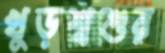
খুড়শ্বশুর